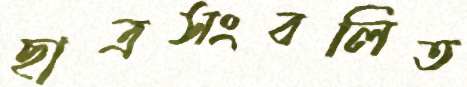
ছাত্রসংবলিত